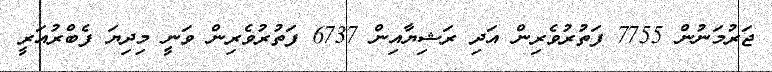
ޖަރުމަނުން 7755 ފަތުރުވެރިން އަދި ރަޝިޔާއިން 6737 ފަތުރުވެރިން ވަނީ މިދިޔަ ފެބްރުއަރީ